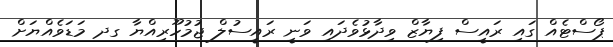
ޕޯސްޓެއް ގައި ރައީސް ފިޔާޒް ވިދާޅުވެދައި ވަނީ ރައީސުލް ޖުމުހޫރިއްޔާ ގދ މަޑަވެއްޔަށް